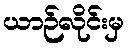
ယာဉ်လိုင်းမှ